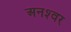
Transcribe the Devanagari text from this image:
अनश्‍वर